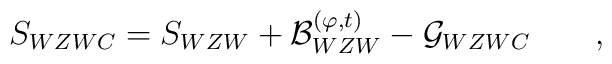
S_{WZWC} = S_{WZW} + {\cal B}^{(\varphi,t)}_{WZW} - {\cal G}_{WZWC}  \qquad ,